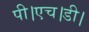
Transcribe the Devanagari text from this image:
पी।एच।डी।